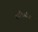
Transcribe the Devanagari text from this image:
मार्गदर्शण